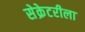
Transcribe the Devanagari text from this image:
सेक्रेटरीला